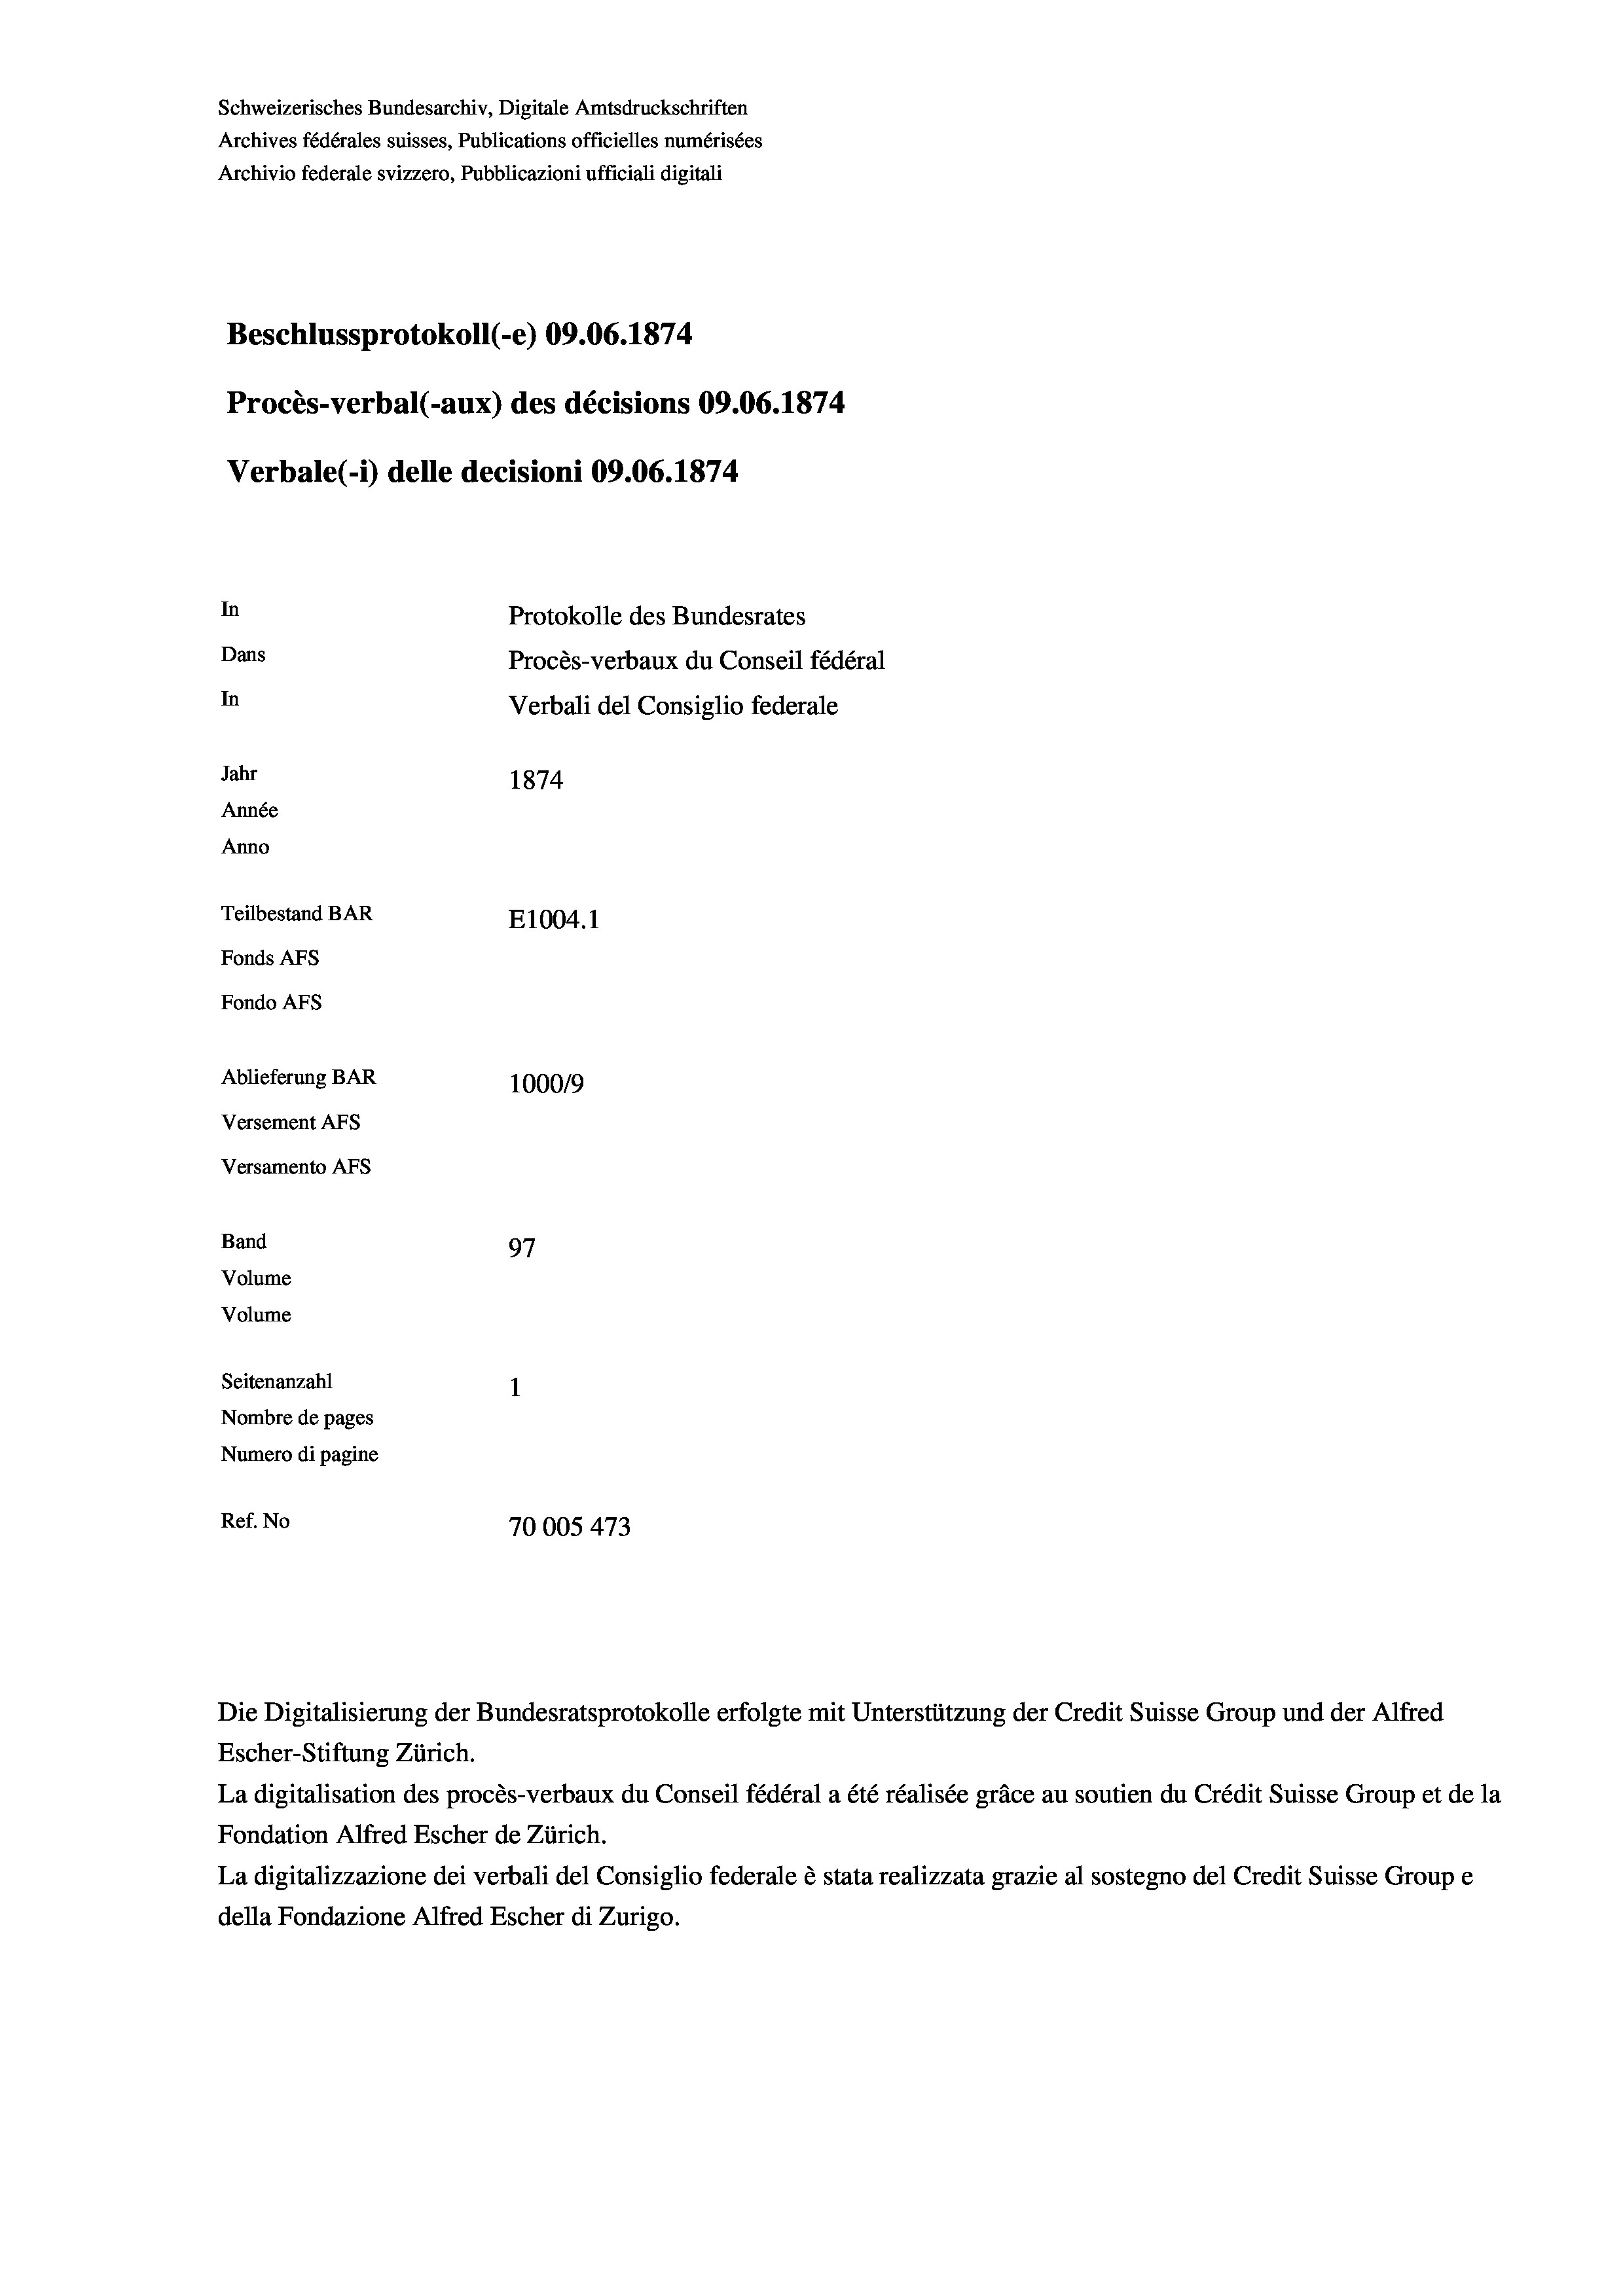
Schweizerisches Bundesarchiv, Digitale Amtsdruckschriften
Archives fédérales suisses, Publications officielles numérisées
Archivio federale svizzero, Pubblicazioni ufficiali digitali
Beschlussprotokoll (-e) 09.06. 1874.
Procès-verbal (-aux) des décisions 09.06. 1874
Verbale (i) delle decisioni 09.06. 1874
In
Protokolle des Bundesrates
Dans
Procès-verbaux du Conseil fédéral
In
Verbali del Consiglio federale
Jahr
1874
Année
Anno
Teilbestand BAR
E1004.1
Fonds AFs
Fondo AFs
Ablieferung BAR
100019
Versement AFS
Versamento Afs
Band
97
Volume
Volume
Seitenanzahl
Nombre de pages
Numero di pagine
Ref. No
70005 473

Die Digitalisierung der Bundesratsprotokolle erfolgte mit Unterstützung der Credit Suisse Group und der Alfred
Escher-Stiftung Zürich.
La digitalisation des procès-verbaux du Conseil fédéral a été réalisée gräce au soutien du Crédit Suisse Group et de la
Fondation Alfred Escher de Zürich.
La digitalizzazione dei verbali del Consiglio federale è stata realizzata grazie al sostegno del Credit Suisse Groupe
della Fondazione Alfred Escher di Zurigo.